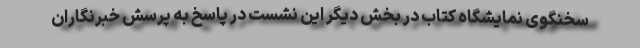
سخنگوی نمایشگاه کتاب در بخش دیگر این نشست در پاسخ به پرسش خبرنگاران